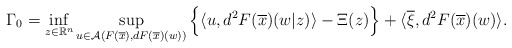
\begin{align*} \Gamma_0=\inf_{z\in\mathbb{R}^n}\sup_{u\in\mathcal{A}(F(\overline{x}),dF(\overline{x})(w))}\Big\{\langle u,d^2F(\overline{x})(w|z)\rangle-\Xi(z)\Big\}+\langle\overline{\xi},d^2F(\overline{x})(w)\rangle. \end{align*}